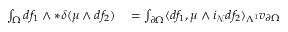
\begin{array} { r l } { \int _ { \Omega } d f _ { 1 } \wedge \ast \delta ( \mu \wedge d f _ { 2 } ) } & { { } = \int _ { \partial \Omega } \langle d f _ { 1 } , \mu \wedge i _ { \mathcal { N } } d f _ { 2 } \rangle _ { \Lambda ^ { 1 } } v _ { \partial \Omega } } \end{array}